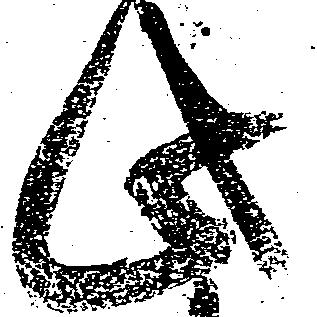
此